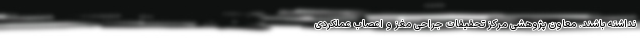
نداشته باشند. معاون پژوهشی مرکز تحقیقات جراحی مغز و اعصاب عملکردی